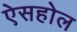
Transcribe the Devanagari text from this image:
ऐसहोल